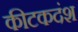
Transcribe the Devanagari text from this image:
कीटकदंश